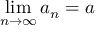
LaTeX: \operatorname* { l i m } _ { n \to \infty } a _ { n } = a